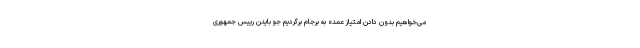
می‌خواهیم بدون دادن امتیاز عمده به برجام برگردیم جو بایدن رییس جمهوری